Tezpur Lunatic Asylum reports 1877-1894 - 1877-1894
Year: 1877
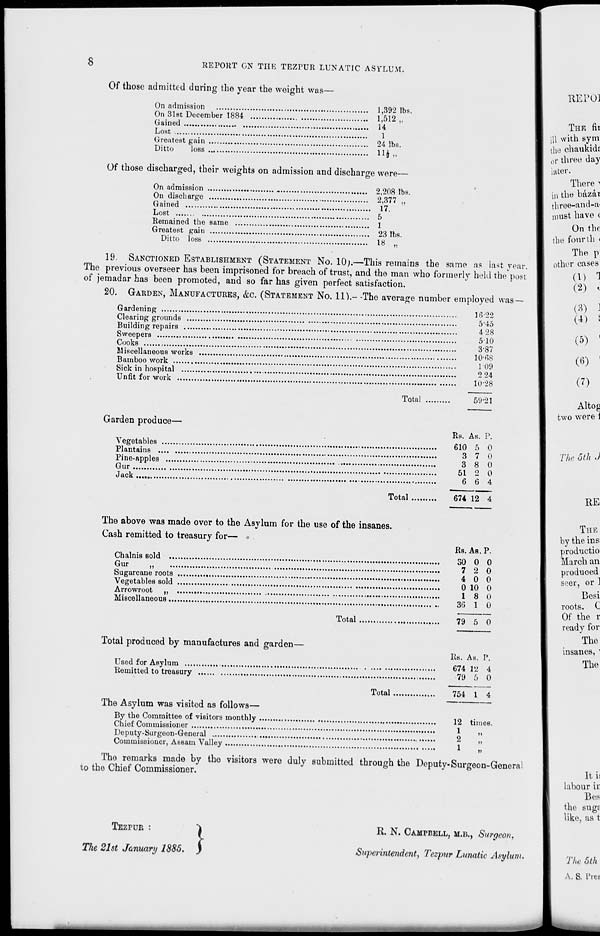
8
REPORT ON THE TEZPUR LUNATIC ASYLUM.
Of those admitted during the year the weight was—
On admission
1,392 lbs.
On 31st December 1884
1,512,,
Gained
14
Lost
1
Greatest gain
24 lbs.
Ditto
loss
11^ ,,
Of those discharged, their weights on admission and discharge were—
On admission
2,208 lbs.
On discharge
2,377 „
Gained
17.
Lost
5
Remained the same
1
Greatest gain
23 lbs.
Ditto loss
18 „
19. SANCTIONED ESTABLISHMENT (STATEMENT NO. 10).—This remains the same as last year.
The previous overseer has been imprisoned for breach of trust, and the man who formerly held the post
of jemadar has been promoted, and so far has given perfect satisfaction.
20. GARDEN, MANUFACTURES, &C. (STATEMENT NO. 11).- -The average number employed was—
Gardening
Clearing grounds ....
Building repairs
Sweepers
Cooks
Miscellaneous works
Bamboo work
Sick in hospital
Unfit for work
Total
Garden produce—
Vegetables
Plantains .,
Pine-apples
Gur
Jack
16 22
5-45
4 28
510
3-87
10-68
109
2 24
10*28
59-21
Rs. As. P.
610 5 0
3 7 0
8 0
2 0
6 4
3
51
6
Total
674 12 4
REPOl
THE fit
ill with sym
the cbaukidi
0 r three day
later.
There i
in the bazar
three-and-a-
must have (
On the
tbe fourth <
The p
other cases
(1) 1
(2) *
(3) ]
on •
(5) '
(6) '
(7)
Altos
two were i
The 5th J
BE
The above was made over to the Asylum for the use of the insanes.
Cash remitted to treasury for— « .
Chalnis sold ..,
Gur
„
Sugarcane roots
Vegetables sold
Arrowroot „
Miscellaneous...
Total
Total produced by manufactures and garden-
Used for Asylum ....
Remitted to treasury
Total
The Asylum was visited as follows—
By the Committee of visitors monthly .
Chief Commissioner
,
Deputy-Surgeon-General
Commissioner, Assam Valley
Rs. As. P.
30 0 0
7 2 0
4 0 0
0 10 0
1 8 0
36 1 0
79 5 0
Rs. As.
674 12
•79 5
P.
4
0
754 1 4
12 times.
1
M
2
„
1
Tho remarks made by the visitors were duly submitted through the Deputy- Surgeon-Generai
to the Chief Commissioner.
TEZPUR :
The 21st January 1885 .}
R. N. CAMPBELL, M.B., Surgeon,
Superintendent, Tezpnr Lunatic Asylum,
THE
by the ins:
production
March an
produoed
seer, or 3
Besi
roots. C
Of the r
ready for
The
insanes, '
The
It is
labour ir
Bos
the sug?
like, as t
The 5th
A. S. L'tee